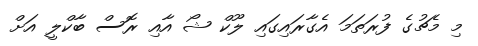
މި މެޗުގެ ފުރަތަމަ އެގާރައިގައި ލޫކް ޝޯ އާއި ރޮސް ބާކްލީ އަށް